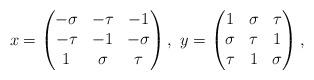
LaTeX: \begin{align*}x=\begin{pmatrix} -\sigma & -\tau & -1\\-\tau & -1 &-\sigma\\ 1 & \sigma& \tau \end{pmatrix}, \ y=\begin{pmatrix} 1 &\sigma&\tau \\ \sigma& \tau & 1\\ \tau & 1 & \sigma \end{pmatrix},\end{align*}